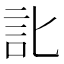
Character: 䚰